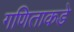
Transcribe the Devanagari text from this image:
गणिताकडे